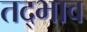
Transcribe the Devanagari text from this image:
तद्भाव